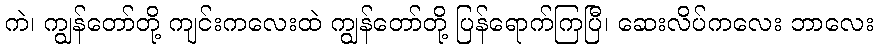
ကဲ၊ ကျွန်တော်တို့ ကျင်းကလေးထဲ ကျွန်တော်တို့ ပြန်ရောက်ကြပြီ၊ ဆေးလိပ်ကလေး ဘာလေး